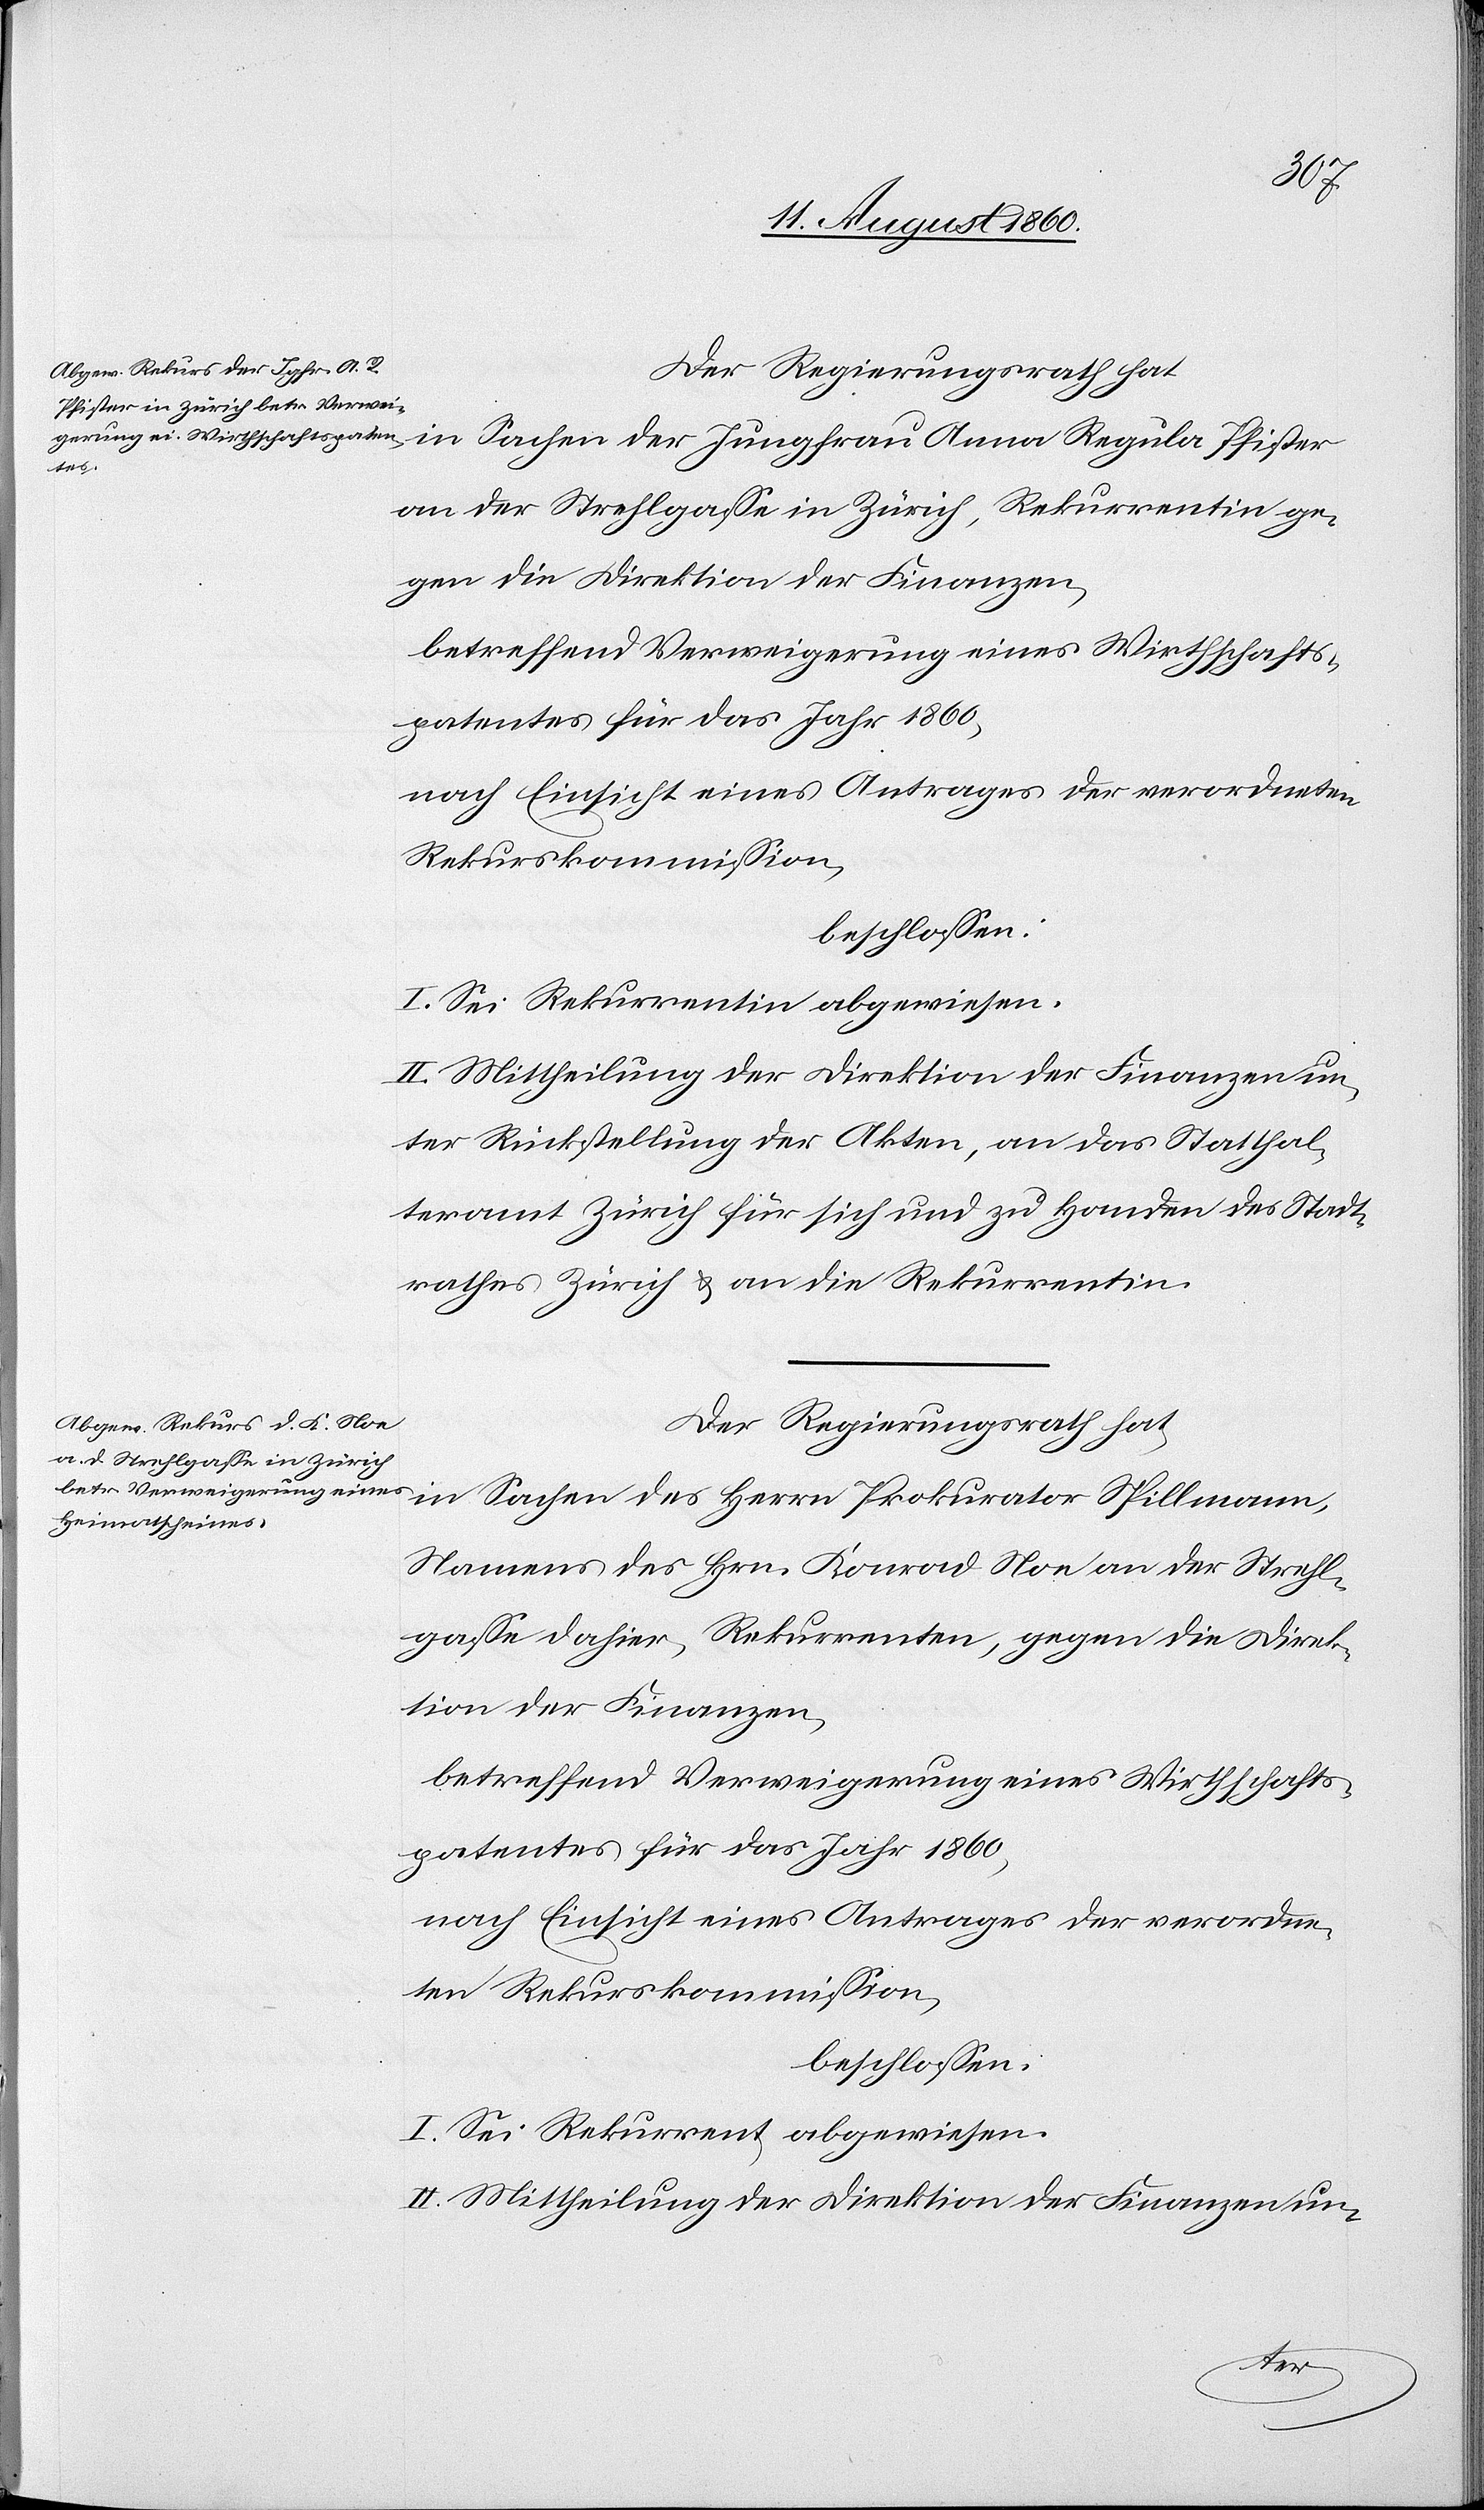
Der Regierungsrath hat
an der Strehlgasse in Zürich, Rekurrentin ge¬
gen die Direktion der Finanzen,
betreffend Verweigerung eines Wirthschafts¬
nach Einsicht eines Antrages der verordneten
Rekurskommission,
beschlossen:
I. Sei Rekurrentin abgewiesen.
II. Mittheilung der Direktion der Finanzen un¬
ter Rückstellung der Akten, an das Statthal¬
teramt Zürich für sich und zu Handen des Stadt¬
rathes Zürich u. an die Rekurrentin.
Der Regierungsrath hat,
in Sachen des Herrn Prokurator Spillmann,
Namens des Herrn Konrad Noe an der Strehl¬
gasse dahier, Rekurrenten gegen die Direk¬
tion der Finanzen
betreffend Verweigerung eines Wirtrhschafts¬
patentes für das Jahr 1860,
I. Sei Rekurrent abgewiesen.
II. Mittheilung der Direktion der Finanzen un-
der